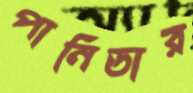
পানিডার